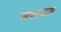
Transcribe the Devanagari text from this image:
जपानास